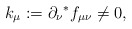
\begin{align*}k_\mu := \partial_\nu {}^*f_{\mu\nu} \not= 0 ,\end{align*}